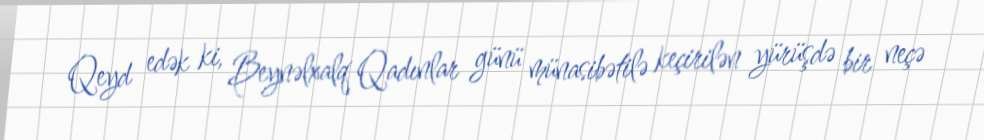
Qeyd edək ki, Beynəlxalq Qadınlar günü münasibətilə keçirilən yürüşdə bir neçə